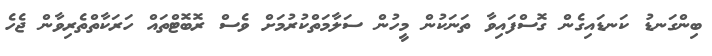
ބިންގަނޑު ކަނޑައިގެން ގޮސްފައިވާ ތަނަކުން މީހުން ސަލާމަތްކުރުމަށް ވެސް ރޮބޮޓްތައް ހަރަކާތްތެރިވާން ޖެހެ